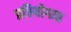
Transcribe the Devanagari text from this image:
प्रतियोगात